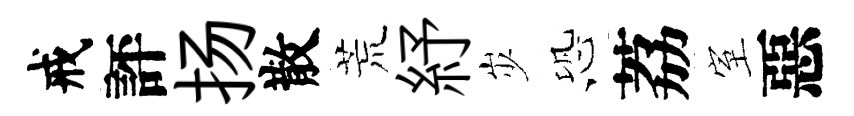
戒評扬散荒紓𡵯恐荔室惡